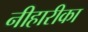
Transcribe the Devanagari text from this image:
नीहारीका